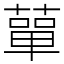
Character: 蕇